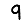
Digit: 9